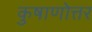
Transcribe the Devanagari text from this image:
कुषाणोत्तर